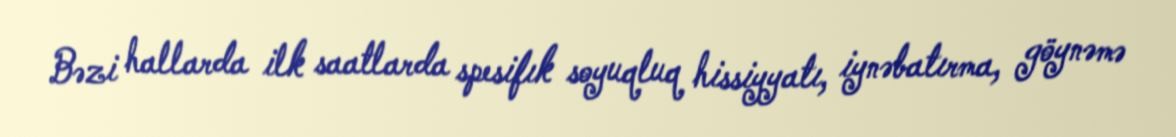
Bəzi hallarda ilk saatlarda spesifık soyuqluq hissiyyatı, iynəbatırma, göynəmə